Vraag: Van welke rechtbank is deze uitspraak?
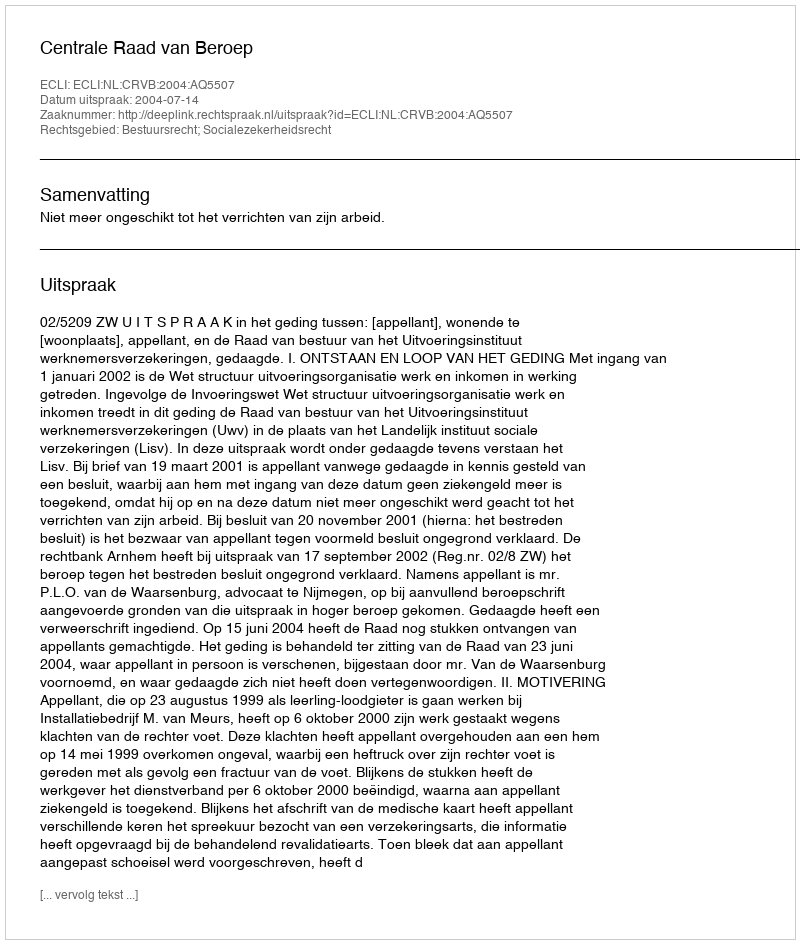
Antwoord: Centrale Raad van Beroep